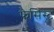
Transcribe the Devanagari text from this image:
फैसिस्ट